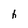
Character: h